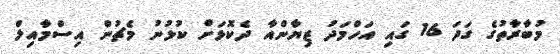
މުބާރާތުގެ ގަދަ 16 ގައި އަހްމަދު ޒިޔާންއާ ދެކޮޅަށް ކުޅުނު މެޗުން އިސްމާއިލް